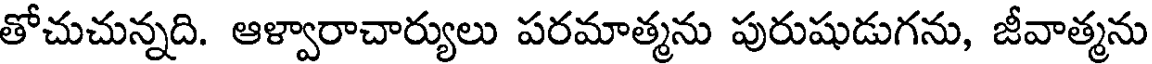
తోచుచున్నది. ఆళ్వారాచార్యులు పరమాత్మను పురుషుడుగను, జీవాత్మను